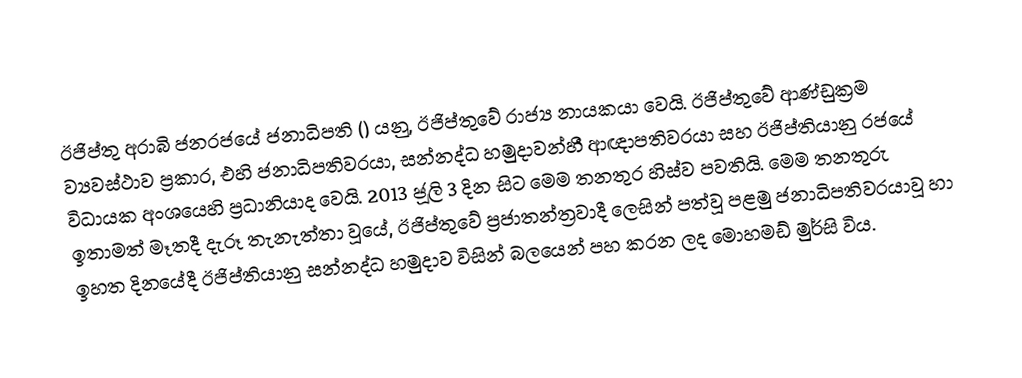
ඊජිප්තු අරාබි ජනරජයේ ජනාධිපති () යනු, ඊජිප්තුවේ  රාජ්‍ය නායකයා වෙයි. ඊජිප්තුවේ ආණ්ඩුක්‍රම ව්‍යවස්ථාව ප්‍රකාර, එහි ජනාධිපතිවරයා, සන්නද්ධ හමුදාවන්හී ආඥාපතිවරයා සහ ඊජිප්තියානු රජයේ විධායක අංශයෙහි ප්‍රධානියාද වෙයි. 2013 ජූලි 3 දින සිට මෙම තනතුර හිස්ව පවතියි. මෙම තනතුරු ඉතාමත් මෑතදී දැරූ තැනැත්තා වූයේ, ඊජිප්තුවේ ප්‍රජාතන්ත්‍රවාදී ලෙසින් පත්වූ පළමු ජනාධිපතිවරයාවූ  හා ඉහත දිනයේදී ඊජිප්තියානු සන්නද්ධ හමුදාව විසින් බලයෙන් පහ කරන ලද  මොහමඩ් මුර්සි විය.